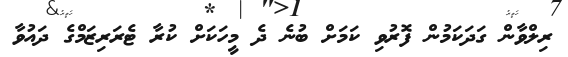
ރިލްވާން ގަދަކަމުން ފޮރުވި ކަމަށް ބުނެ ދެ މީހަކަށް ކުރާ ޓެރަރިޒަމްގެ ދައުވާ